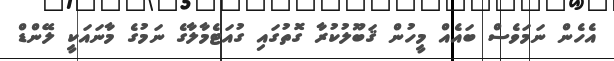
އެހެން ނަމަވެސް ބައެއް މީހުން ޤަބޫލުކުރާ ގޮތުގައި ގުއަޓެމާލާގެ ނަމުގެ މާނައަކީ ލޭންޑް